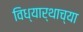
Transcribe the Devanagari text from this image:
विध्यार्थाच्या